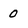
Character: 0